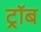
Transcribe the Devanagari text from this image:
ट्रॉब